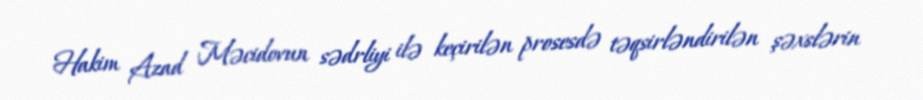
Hakim Azad Məcidovun sədrliyi ilə keçirilən prosesdə təqsirləndirilən şəxslərin